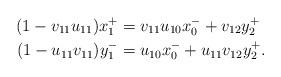
LaTeX: \begin{align*}(1- v_{11}u_{11})x_1^+ &= v_{11} u_{10} x_0^- + v_{12}y_2^+ \\(1-u_{11}v_{11})y_1^- &= u_{10} x_0^- + u_{11}v_{12}y_2^+.\end{align*}